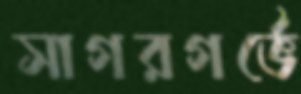
সাগরগর্ভে